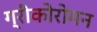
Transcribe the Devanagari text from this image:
ग्रीकोरोमन